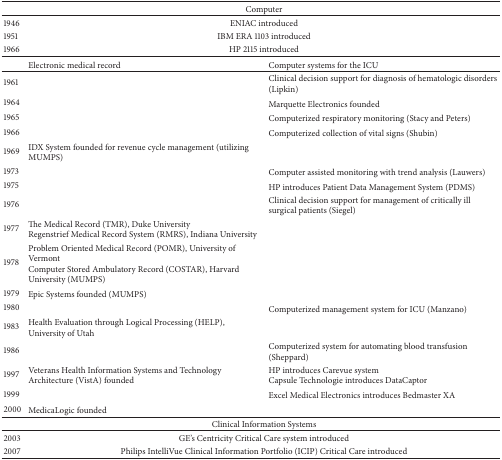
<table><thead><tr><td><b> </b></td><td colspan="2"><b>Computer</b></td></tr></thead><tbody><tr><td>1946</td><td colspan="2">ENIAC introduced</td></tr><tr><td>1951</td><td colspan="2">IBM ERA 1103 introduced</td></tr><tr><td>1966</td><td colspan="2">HP 2115 introduced</td></tr><tr><td> </td><td>Electronic medical record</td><td>Computer systems for the ICU</td></tr><tr><td>1961</td><td> </td><td>Clinical decision support for diagnosis of hematologic disorders (Lipkin)</td></tr><tr><td>1964</td><td> </td><td>Marquette Electronics founded</td></tr><tr><td>1965</td><td> </td><td>Computerized respiratory monitoring (Stacy and Peters)</td></tr><tr><td>1966</td><td> </td><td>Computerized collection of vital signs (Shubin)</td></tr><tr><td>1969</td><td>IDX System founded for revenue cycle management (utilizing MUMPS)</td><td> </td></tr><tr><td>1973</td><td> </td><td>Computer assisted monitoring with trend analysis (Lauwers)</td></tr><tr><td>1975</td><td> </td><td>HP introduces Patient Data Management System (PDMS)</td></tr><tr><td>1976</td><td> </td><td>Clinical decision support for management of critically ill surgical patients (Siegel)</td></tr><tr><td>1977</td><td>The Medical Record (TMR), Duke UniversityRegenstrief Medical Record System (RMRS), Indiana University</td><td> </td></tr><tr><td>1978</td><td>Problem Oriented Medical Record (POMR), University of VermontComputer Stored Ambulatory Record (COSTAR), Harvard University (MUMPS)</td><td> </td></tr><tr><td>1979</td><td>Epic Systems founded (MUMPS)</td><td> </td></tr><tr><td>1980</td><td> </td><td>Computerized management system for ICU (Manzano)</td></tr><tr><td>1983</td><td>Health Evaluation through Logical Processing (HELP), University of Utah</td><td> </td></tr><tr><td>1986</td><td> </td><td>Computerized system for automating blood transfusion (Sheppard)</td></tr><tr><td>1997</td><td>Veterans Health Information Systems and Technology Architecture (VistA) founded</td><td>HP introduces Carevue systemCapsule Technologie introduces DataCaptor</td></tr><tr><td>1999</td><td> </td><td>Excel Medical Electronics introduces Bedmaster XA </td></tr><tr><td>2000</td><td>MedicaLogic founded</td><td> </td></tr><tr><td> </td><td colspan="2">Clinical Information Systems</td></tr><tr><td>2003</td><td colspan="2">GE&#x27;s Centricity Critical Care system introduced</td></tr><tr><td>2007</td><td colspan="2">Philips IntelliVue Clinical Information Portfolio (ICIP) Critical Care introduced</td></tr></tbody></table>